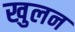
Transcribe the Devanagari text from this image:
खुलन